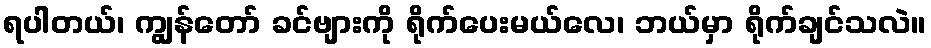
ရပါတယ်၊ ကျွန်တော် ခင်ဗျားကို ရိုက်ပေးမယ်လေ၊ ဘယ်မှာ ရိုက်ချင်သလဲ။